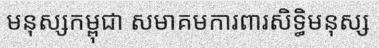
មនុស្សកម្ពុជា សមាគមការពារសិទ្ធិមនុស្ស